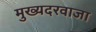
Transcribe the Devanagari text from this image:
मुख्यदरवाजा